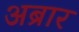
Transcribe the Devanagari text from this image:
अब्रार